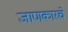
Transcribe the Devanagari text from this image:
जाणकारचे